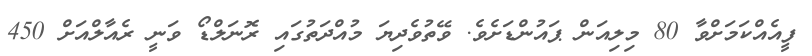
ފީއެއްކަމަށްވާ 80 މިލިއަން ޕައުންޑަށެވެ. ވޭތުވެދިޔަ މުއްދަތުގައި ރޮނަލްޑޯ ވަނީ ރެއާލްއަށް 450